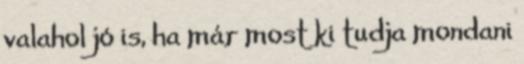
valahol jó is, ha már most ki tudja mondani